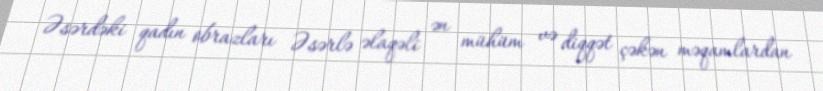
Əsərdəki qadın obrazları Əsərlə əlaqəli ən mühüm və diqqət çəkən məqamlardan